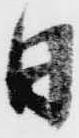
日